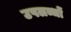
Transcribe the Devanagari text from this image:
उपलब्धों